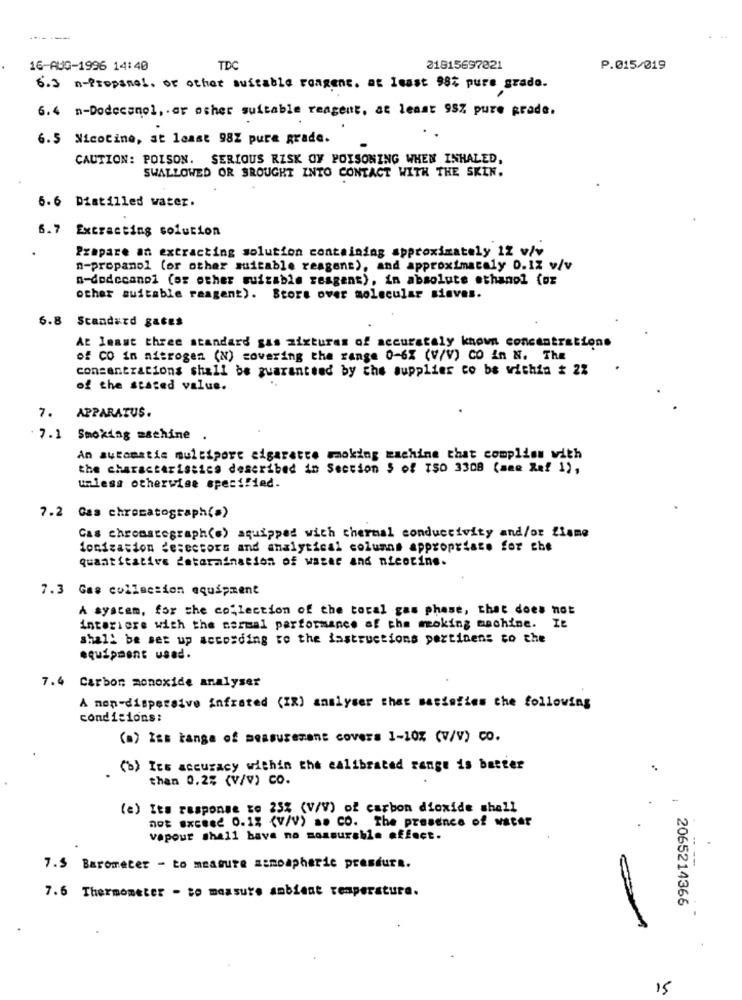
16-AUG-1996 14:40
TD
21815697821
P.015/019
6.3 n-Propsmal. or other suitable reagent, at least 98% pure grade.
6.4 n-Dodecanol, or other suitable reagent, at least 95% pure prade.
6. 5 Nicotine, at least 98Z pure grade.
CAUTION: POISON. SERIOUS RISK OF POISONING WHEN INHALED,
SWALLOWED OR BROUGHT INTO CONTACT WITH THE SKIN.
6.6 Distilled water.
6.7 Extracting solution
Prepare an extracting solution containing approximately 12 viv
n-propanol (or other suitable reagens), and approximately 0.12 v/v
n-dodecanol (or other suizable reagent), in absolute ethanol (oz
other suitable raagent). Store over molecular siaves.
6.8
Standard gates
At least three standard gas mixturas of accurately known concentrations
of CO in nitrogen (N) covering the range 0-6% (V/V) CO In N. The
concentrations shall be guaranteed by the supplies co bs within # 2%
of the stated value.
7. APPARATUS.
7.1 Smoking machine .
An automatic multiport cigarette moking machine that complisu with
the characteristics described in Section $ of TSO 3308 (mme Raf 1),
unless otherwise specified.
7.2 Gas chromatograph(=)
Cas chromatograph(s) aquipped with thermal conductivity and/or Ziame
ionization detectors and analytical columns appropriate for che
quantitative determination of water and nicotine.
7.3 Gas collection equipment
A system, for the collection of the total gas phase, that does not
interiore with the normal performance of the moking machine. It
shall be set up according to the instructions pertinens co che
equipment used.
7.4 Carbon monoxide analyser
A non-dispersive infrated (IR) analyser that satisfies the following
condicions:
(a) Iss tanga of measurement covers 1-10% (V/V) CO.
(b) Its accuracy within the calibrated range is better
than 0.2% (V/V) CO.
(e) Its response to 25% (V/V) of carbon dioxide shall
not exceed 0.1% {V/V) a. CO. The presence of water
vapour shall have no mossurable effect.
7.5 Barometer - to measure atmospheric pressure.
7.6 Thermometer - to measure ambient temperature.
2065214366
15